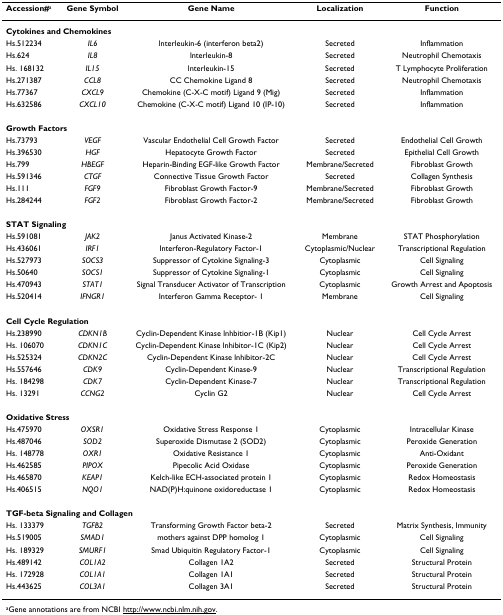
<table><thead><tr><td><b>Accession#<sup>a</sup></b></td><td><b>Gene Symbol</b></td><td><b>Gene Name</b></td><td><b>Localization</b></td><td><b>Function</b></td></tr></thead><tbody><tr><td colspan="5"><b>Cytokines and Chemokines</b></td></tr><tr><td>Hs.512234</td><td><i>IL6</i></td><td>lnterleukin-6 (interferon beta2)</td><td>Secreted</td><td>Inflammation</td></tr><tr><td>Hs.624</td><td><i>IL8</i></td><td>lnterleukin-8</td><td>Secreted</td><td>Neutrophil Chemotaxis</td></tr><tr><td>Hs. 168132</td><td><i>IL15</i></td><td>lnterleukin-15</td><td>Secreted</td><td>T Lymphocyte Proliferation</td></tr><tr><td>Hs.271387</td><td><i>CCL8</i></td><td>CC Chemokine Ligand 8</td><td>Secreted</td><td>Neutrophil Chemotaxis</td></tr><tr><td>Hs.77367</td><td><i>CXCL9</i></td><td>Chemokine (C-X-C motif) Ligand 9 (Mig)</td><td>Secreted</td><td>Inflammation</td></tr><tr><td>Hs.632586</td><td><i>CXCL10</i></td><td>Chemokine (C-X-C motif) Ligand 10 (IP-10)</td><td>Secreted</td><td>Inflammation</td></tr><tr><td colspan="5"><b>Growth Factors</b></td></tr><tr><td>Hs.73793</td><td><i>VEGF</i></td><td>Vascular Endothelial Cell Growth Factor</td><td>Secreted</td><td>Endothelial Cell Growth</td></tr><tr><td>Hs.396530</td><td><i>HGF</i></td><td>Hepatocyte Growth Factor</td><td>Secreted</td><td>Epithelial Cell Growth</td></tr><tr><td>Hs.799</td><td><i>HBEGF</i></td><td>Heparin-Binding EGF-like Growth Factor</td><td>Membrane/Secreted</td><td>Fibroblast Growth</td></tr><tr><td>Hs.591346</td><td><i>CTGF</i></td><td>Connective Tissue Growth Factor</td><td>Secreted</td><td>Collagen Synthesis</td></tr><tr><td>Hs.111</td><td><i>FGF9</i></td><td>Fibroblast Growth Factor-9</td><td>Membrane/Secreted</td><td>Fibroblast Growth</td></tr><tr><td>Hs.284244</td><td><i>FGF2</i></td><td>Fibroblast Growth Factor-2</td><td>Membrane/Secreted</td><td>Fibroblast Growth</td></tr><tr><td colspan="5"><b>STAT Signaling</b></td></tr><tr><td>Hs.591081</td><td><i>JAK2</i></td><td>Janus Activated Kinase-2</td><td>Membrane</td><td>STAT Phosphorylation</td></tr><tr><td>Hs.436061</td><td><i>IRF1</i></td><td>Interferon-Regulatory Factor-1</td><td>Cytoplasmic/Nuclear</td><td>Transcriptional Regulation</td></tr><tr><td>Hs.527973</td><td><i>SOCS3</i></td><td>Suppressor of Cytokine Signaling-3</td><td>Cytoplasmic</td><td>Cell Signaling</td></tr><tr><td>Hs.50640</td><td><i>SOCS1</i></td><td>Suppressor of Cytokine Signaling-1</td><td>Cytoplasmic</td><td>Cell Signaling</td></tr><tr><td>Hs.470943</td><td><i>STAT1</i></td><td>Signal Transducer Activator of Transcription</td><td>Cytoplasmic</td><td>Growth Arrest and Apoptosis</td></tr><tr><td>Hs.520414</td><td><i>IFNGR1</i></td><td>Interferon Gamma Receptor- 1</td><td>Membrane</td><td>Cell Signaling</td></tr><tr><td colspan="5"><b>Cell Cycle Regulation</b></td></tr><tr><td>Hs.238990</td><td><i>CDKN1B</i></td><td>Cyclin-Dependent Kinase lnhbitior-1B (Kip1)</td><td>Nuclear</td><td>Cell Cycle Arrest</td></tr><tr><td>Hs. 106070</td><td><i>CDKN1C</i></td><td>Cyclin-Dependent Kinase lnhibitor-1C (Kip2)</td><td>Nuclear</td><td>Cell Cycle Arrest</td></tr><tr><td>Hs.525324</td><td><i>CDKN2C</i></td><td>Cyclin-Dependent Kinase lnhibitor-2C</td><td>Nuclear</td><td>Cell Cycle Arrest</td></tr><tr><td>Hs.557646</td><td><i>CDK9</i></td><td>Cyclin-Dependent Kinase-9</td><td>Nuclear</td><td>Transcriptional Regulation</td></tr><tr><td>Hs. 184298</td><td><i>CDK7</i></td><td>Cyclin-Dependent Kinase-7</td><td>Nuclear</td><td>Transcriptional Regulation</td></tr><tr><td>Hs. 13291</td><td><i>CCNG2</i></td><td>Cyclin G2</td><td>Nuclear</td><td>Cell Cycle Arrest</td></tr><tr><td colspan="5"><b>Oxidative Stress</b></td></tr><tr><td>Hs.475970</td><td><i>OXSR1</i></td><td>Oxidative Stress Response 1</td><td>Cytoplasmic</td><td>Intracellular Kinase</td></tr><tr><td>Hs.487046</td><td><i>SOD2</i></td><td>Superoxide Dismutase 2 (SOD2)</td><td>Cytoplasmic</td><td>Peroxide Generation</td></tr><tr><td>Hs. 148778</td><td><i>OXR1</i></td><td>Oxidative Resistance 1</td><td>Cytoplasmic</td><td>Anti-Oxidant</td></tr><tr><td>Hs.462585</td><td><i>PIPOX</i></td><td>Pipecolic Acid Oxidase</td><td>Cytoplasmic</td><td>Peroxide Generation</td></tr><tr><td>Hs.465870</td><td><i>KEAP1</i></td><td>Kelch-like ECH-associated protein 1</td><td>Cytoplasmic</td><td>Redox Homeostasis</td></tr><tr><td>Hs.406515</td><td><i>NQO1</i></td><td>NAD(P)H:quinone oxidoreductase 1</td><td>Cytoplasmic</td><td>Redox Homeostasis</td></tr><tr><td colspan="5"><b>TGF-beta Signaling and Collagen</b></td></tr><tr><td>Hs. 133379</td><td><i>TGFB2</i></td><td>Transforming Growth Factor beta-2</td><td>Secreted</td><td>Matrix Synthesis, Immunity</td></tr><tr><td>Hs.519005</td><td><i>SMAD1</i></td><td>mothers against DPP homolog 1</td><td>Cytoplasmic</td><td>Cell Signaling</td></tr><tr><td>Hs. 189329</td><td><i>SMURF1</i></td><td>Smad Ubiquitin Regulatory Factor-1</td><td>Cytoplasmic</td><td>Cell Signaling</td></tr><tr><td>Hs.489142</td><td><i>COL1A2</i></td><td>Collagen 1A2</td><td>Secreted</td><td>Structural Protein</td></tr><tr><td>Hs. 172928</td><td><i>COL1A1</i></td><td>Collagen 1A1</td><td>Secreted</td><td>Structural Protein</td></tr><tr><td>Hs.443625</td><td><i>COL3A1</i></td><td>Collagen 3A1</td><td>Secreted</td><td>Structural Protein</td></tr></tbody></table>